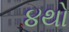
૪થો